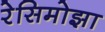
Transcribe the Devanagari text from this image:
रेसिमोझा